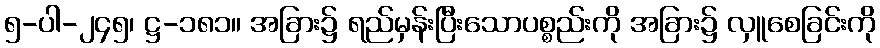
၅-ပါ-၂၄၅၊ ဋ္ဌ-၁၈၁။ အခြား၌ ရည်မှန်းပြီးသောပစ္စည်းကို အခြား၌ လှူစေခြင်းကို